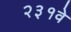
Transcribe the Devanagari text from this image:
२३१वे